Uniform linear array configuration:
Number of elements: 48
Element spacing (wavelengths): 0.5
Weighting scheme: hann
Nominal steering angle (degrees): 0
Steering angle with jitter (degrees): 0.9145
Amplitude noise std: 0.05
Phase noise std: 0.05

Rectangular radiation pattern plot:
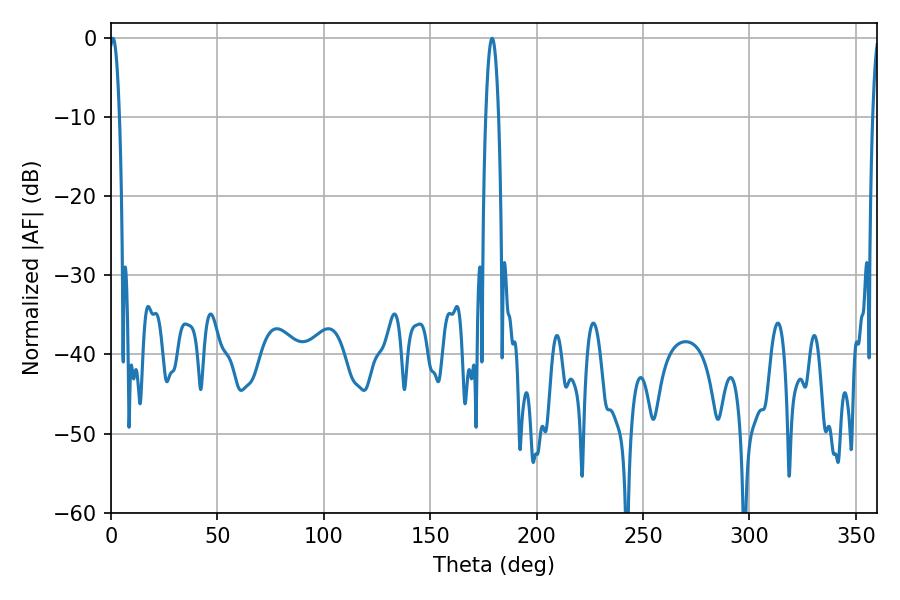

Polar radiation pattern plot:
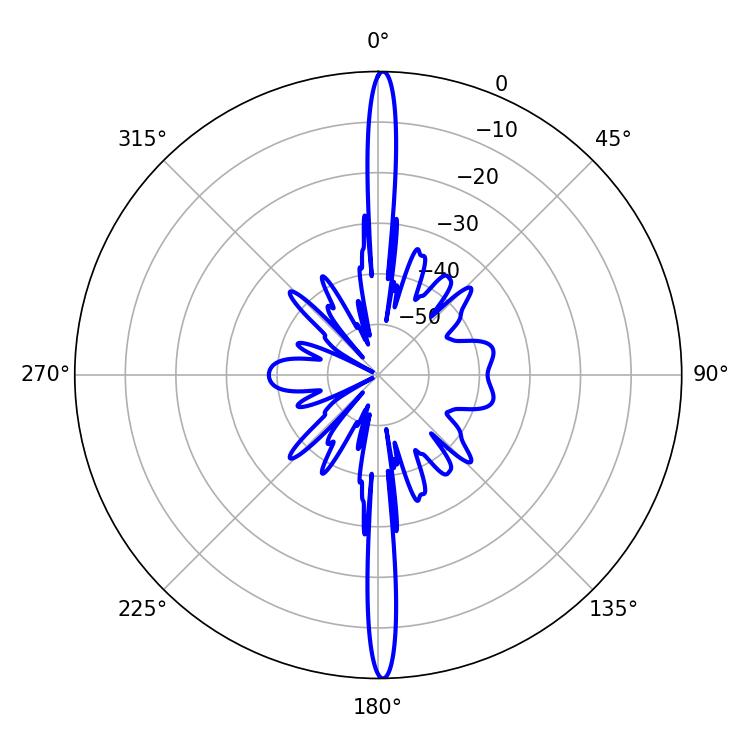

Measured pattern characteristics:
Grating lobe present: FALSE
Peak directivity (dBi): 29.601
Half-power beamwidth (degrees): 2.52
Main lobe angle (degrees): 0.9